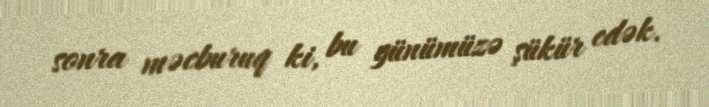
sonra məcburuq ki, bu günümüzə şükür edək.